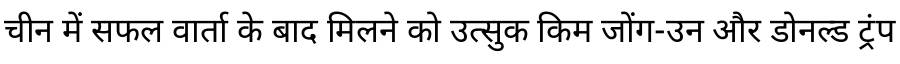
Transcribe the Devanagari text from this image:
चीन में सफल वार्ता के बाद मिलने को उत्सुक किम जोंग-उन और डोनल्ड ट्रंप